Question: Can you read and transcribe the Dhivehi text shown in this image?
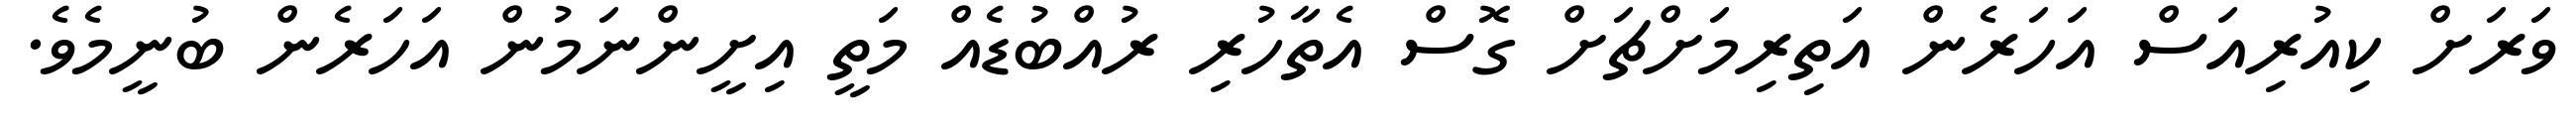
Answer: ވަރަށް ކިއުރިއަސް އަހަރެން އަތިރިމަށްޗަށް ގޮސް އެތާހުރި ރުއްބުޑެއް މަތީ އިށީންނަމުން އަހަރެން ބުނީމެވެ.